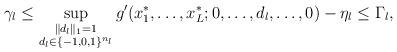
LaTeX: \begin{align*}\gamma_l\le\sup_{\substack{\|d_l\|_1=1\\ d_l\in\{-1,0,1\}^{n_l}}}g'(x_1^*,\ldots,x_L^*;0,\ldots,d_l,\ldots,0)-\eta_l\le\Gamma_l,\end{align*}